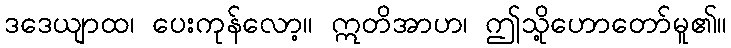
ဒဒေယျာထ၊ ပေးကုန်လော့။ ဣတိအာဟ၊ ဤသို့ဟောတော်မူ၏။